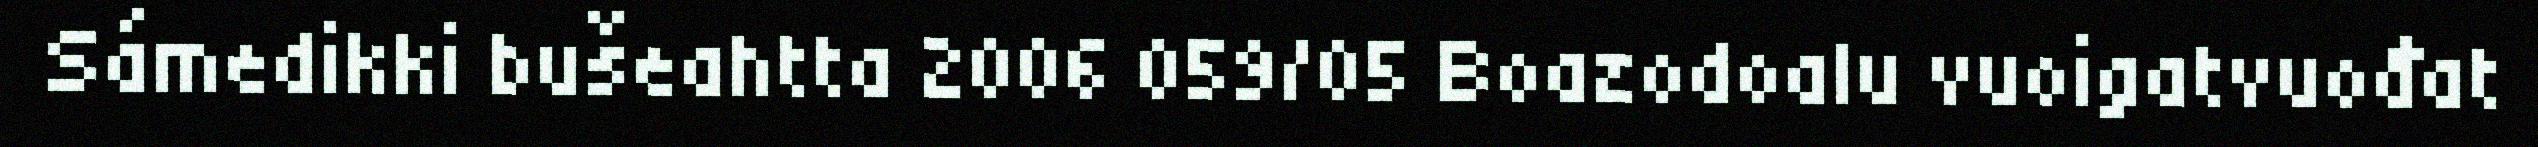
Sámedikki bušeahtta 2006 059/05 Boazodoalu vuoigatvuođat